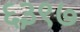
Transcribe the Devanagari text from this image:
६३९७